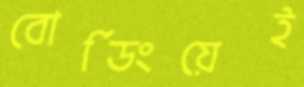
বোর্ডিংয়েই